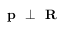
\textbf { p } \perp \textbf { R }